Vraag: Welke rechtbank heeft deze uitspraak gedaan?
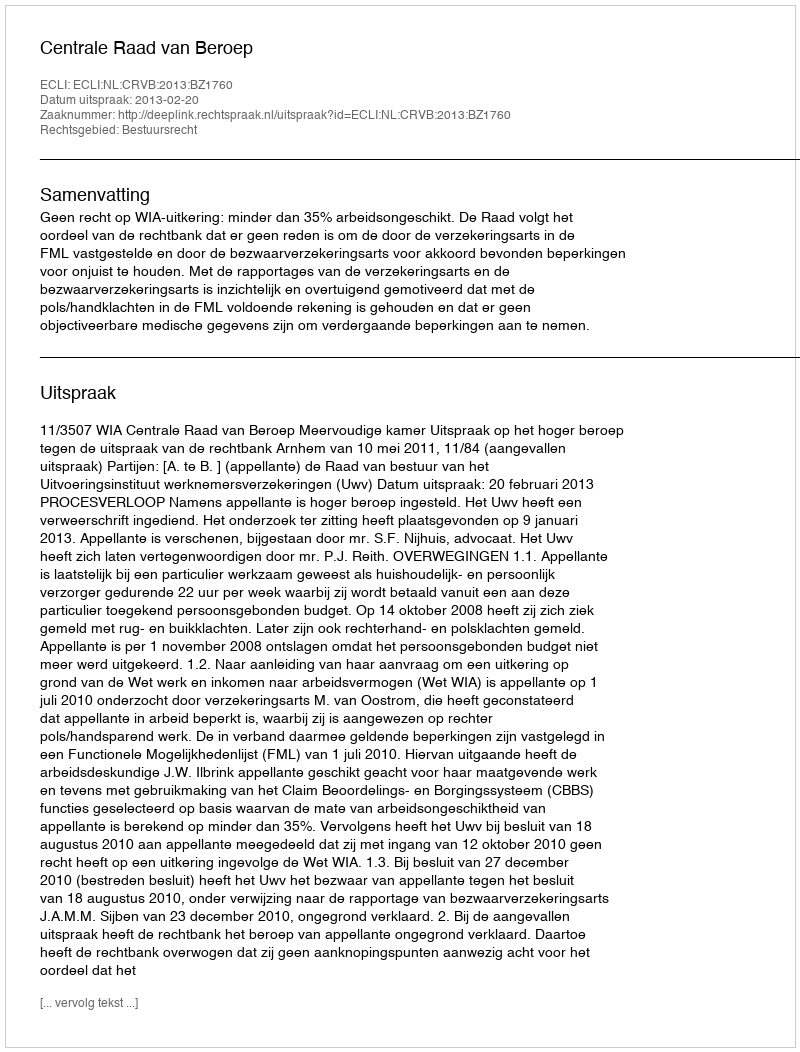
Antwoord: Centrale Raad van Beroep